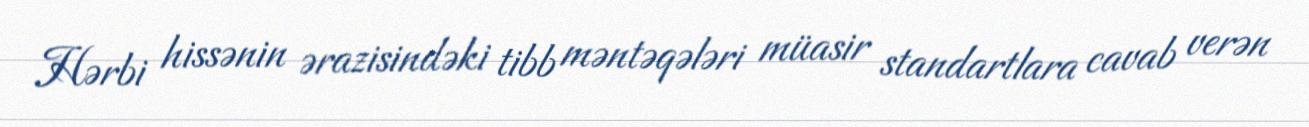
Hərbi hissənin ərazisindəki tibb məntəqələri müasir standartlara cavab verən